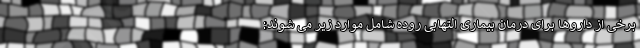
برخی از داروها برای درمان بیماری التهابی روده شامل موارد زیر می شوند: